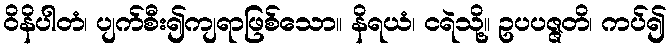
ဝိနိပါတံ၊ ပျက်စီး၍ကျရာဖြစ်သော။ နိရယံ၊ ငရဲသို့။ ဥပပဇ္ဇတိ၊ ကပ်၍